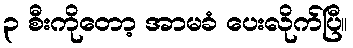
၃ စီးကိုတော့ အာမခံ ပေးလိုက်ပြီ။